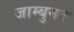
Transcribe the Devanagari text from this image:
जाम्बुनद